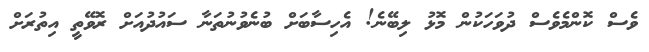
ވެސް ކޮންމެވެސް ދުވަހަކުން މޮޅު ލިބޭނެ! އެހިސާބަށް ބުނެވުނުތަނާ ސައުދުއަށް ރޮވޭތީ އިތުރަށް